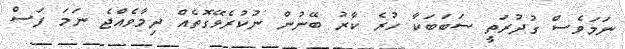
ނަމަވެސް ގުދުރަތީ ސަބަބަކާ ހުރެ ކާރު ބޭނުން ނުކުރެވޭގޮތެއް ދިމާވެއްޖެ ނަމަ ފަސް